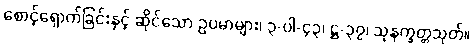
စောင့်ရှောက်ခြင်းနှင့် ဆိုင်သော ဥပမာများ၊ ၃-ပါ-၄၃၊ ဋ္ဌ-၃၇၊ သုနက္ခတ္တသုတ်။